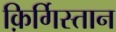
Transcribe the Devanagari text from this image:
क़िर्गिस्तान